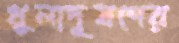
ধুলাদূষণের